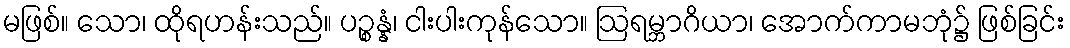
မဖြစ်။ သော၊ ထိုရဟန်းသည်။ ပဉ္စန္နံ၊ ငါးပါးကုန်သော။ ဩရမ္ဘာဂိယာ၊ အောက်ကာမဘုံ၌ ဖြစ်ခြင်း